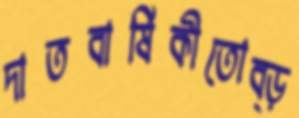
দাতবার্ষিকীতোব্‌ড়